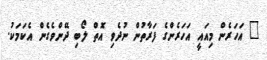
" އަހަރެން މިއައީ އަހަރެންގެ ފަރާތުން ނުދެވި އޮތް ލޯބި ދޭންވެގެން އެކަމަކު.